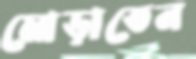
মোড়াতেন